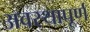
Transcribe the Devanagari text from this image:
अवस्थापूर्ण